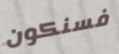
فسنكون